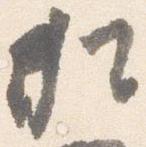
猶